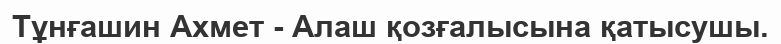
Тұнғашин Ахмет - Алаш қозғалысына қатысушы.